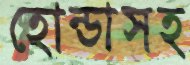
হোন্ডাসহ